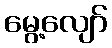
မွေ့လျော်